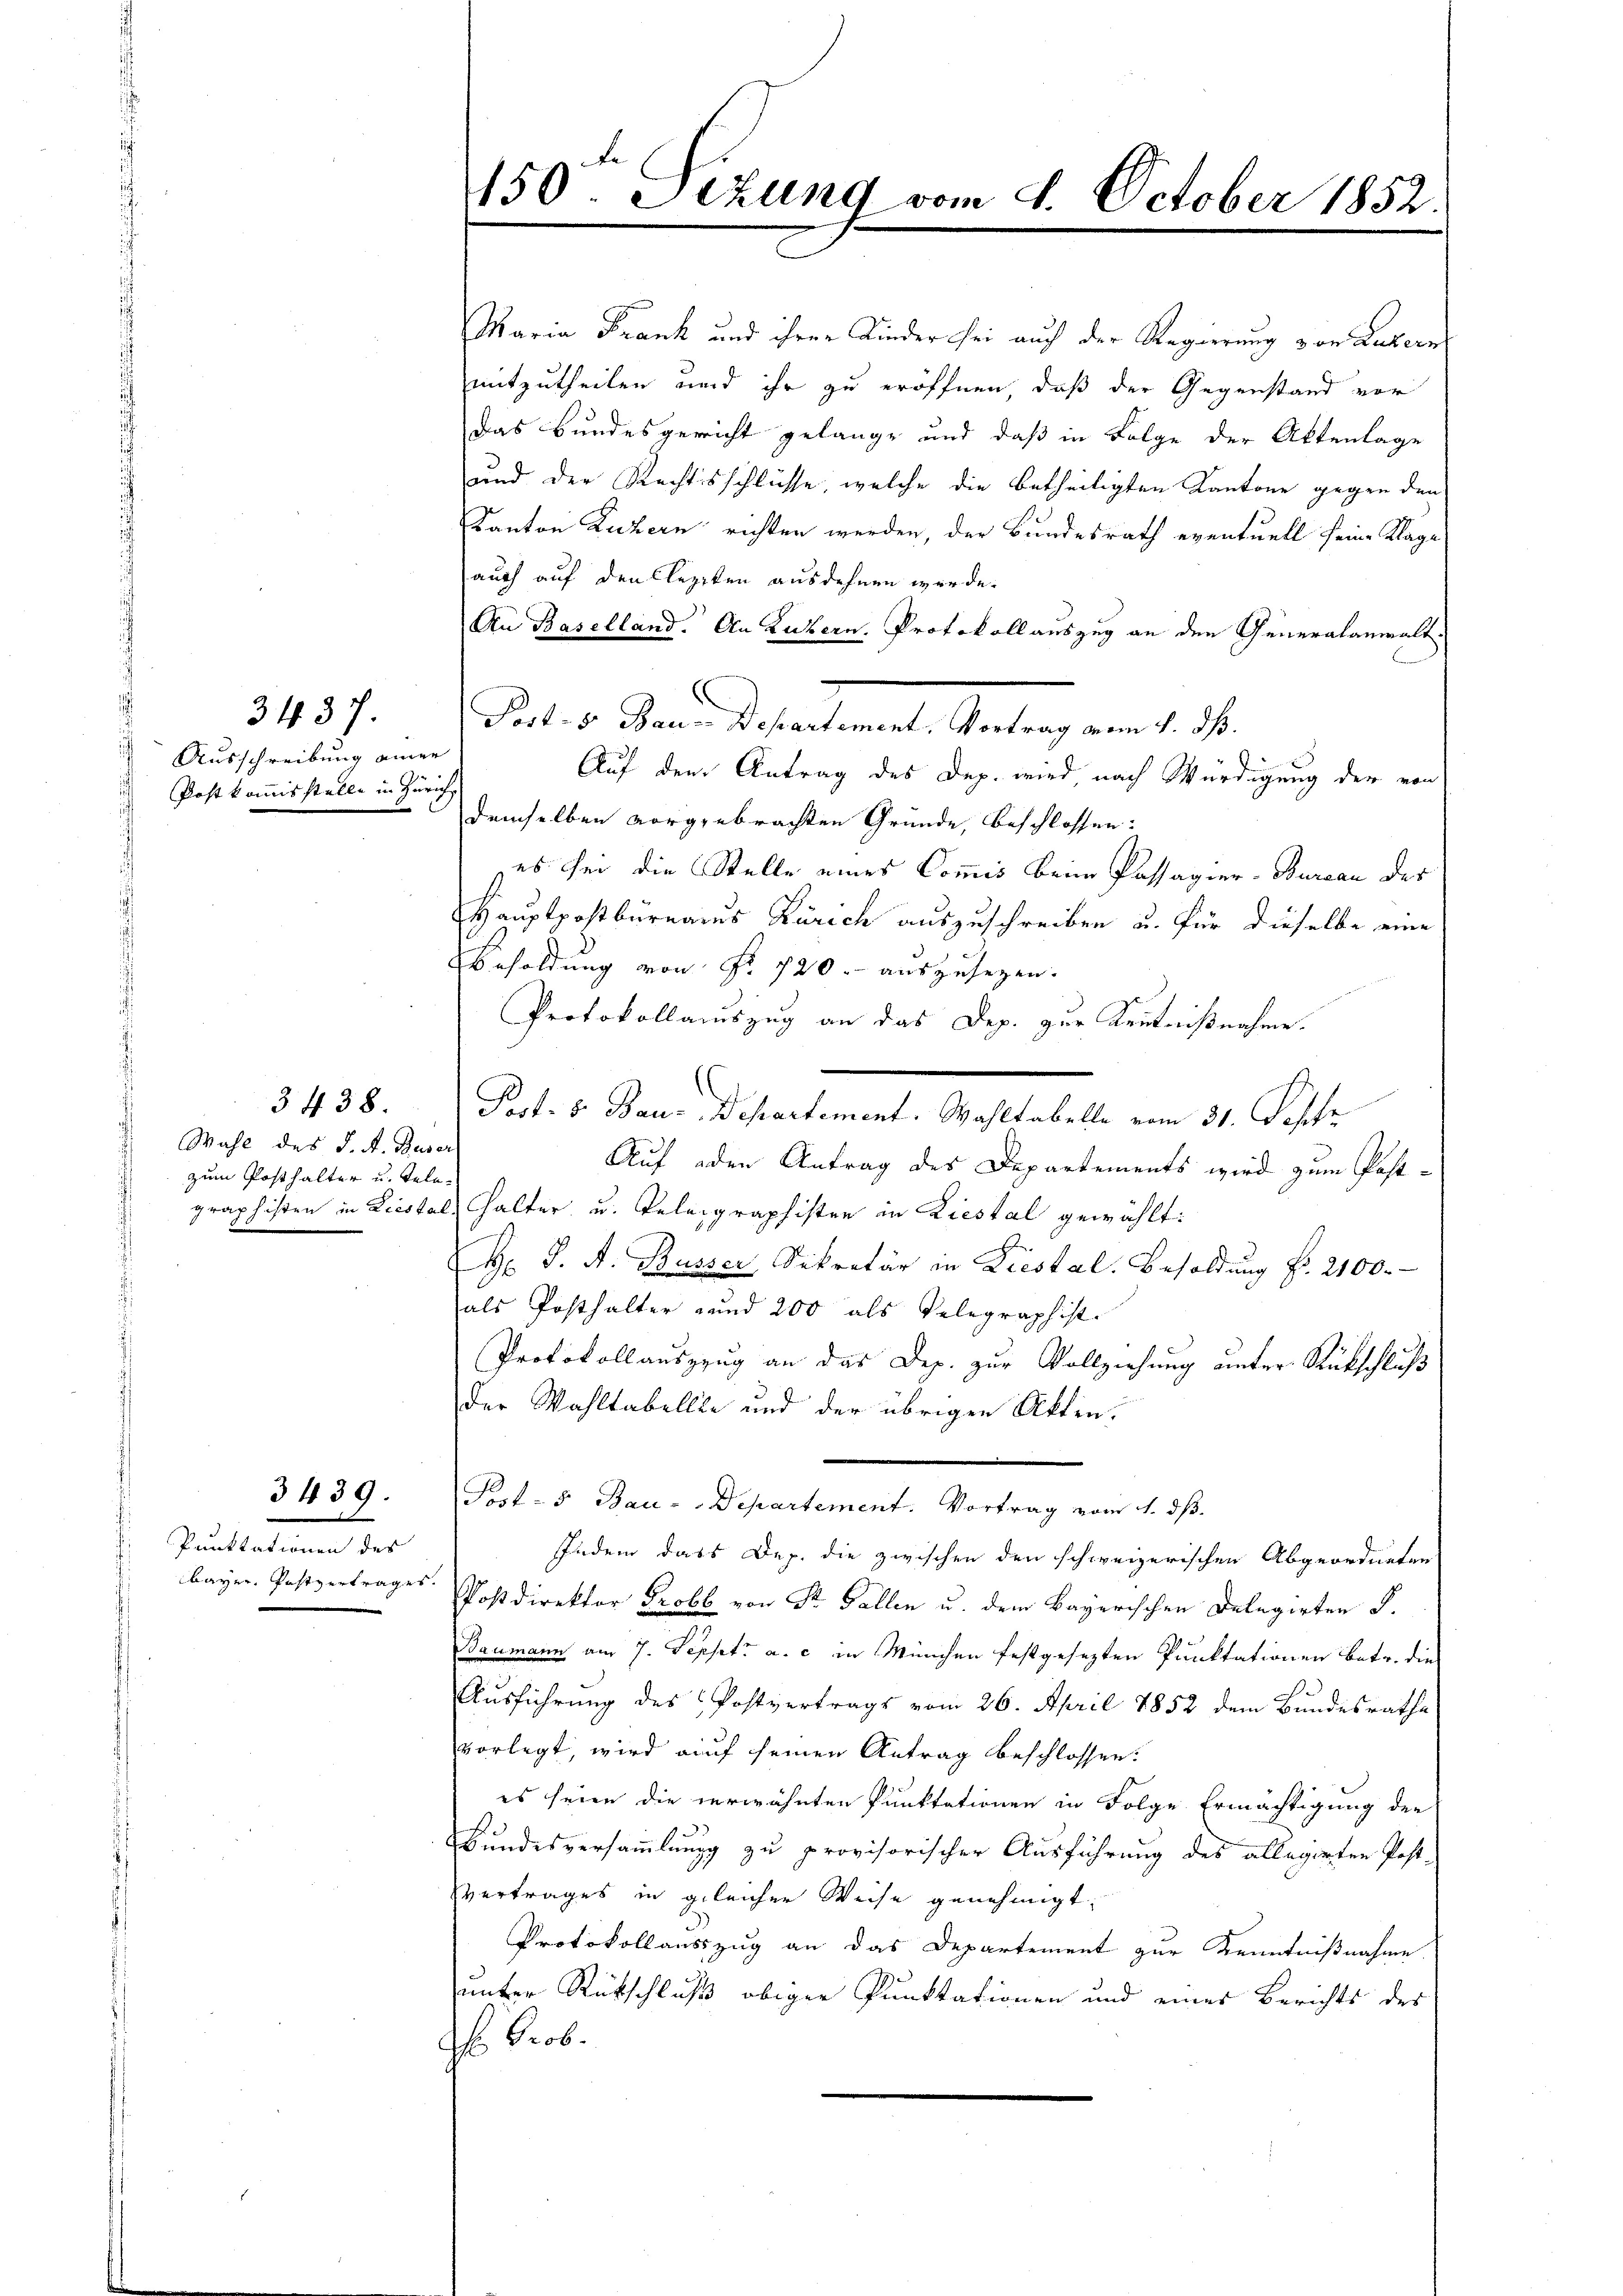
Ausschreibung einer
Post kommisstelle in Zürich

3437.

3438.
Wahl des J. A. Buser
zum Posthalter u. Tele.

3439.

Punktationen des
bayer. Postvertrages.

Maria Frank und ihrer Kinderthei auch der Regierung von Luzern
mitzutheilen und ihr zu eröffnen, daß der Gegenstand vor
das Bundesgericht gelange und daß in Folge der Aktenlage
und der Rechtsschlüsse, welche die betheiligten Kantone gegen den
Kanton Luzern richten werden, der Bundesrath eventuell seine Klage
auch auf den Cleziken ausdehnen werde.
Au Baselland. An Luzern. Protokoll auszug an den Generalanwalt.
Auf dem Antrag des Dep. wird, nach Würdigung der von
demselben vorgebrachten Gründe, beschlossen:
es sei die Stelle eines Commis beim Passagier-Bureau des
Hauptpostbüreaus Zürich auszuschreiben u. für dieselbe eine
Besoldung von Fr. 720.- auszusagen.
Protokollamszug an das Dep. zur Kentnißnahme.
Auf oder Antrag des Departements wird zum Post-
graphisten in Liestal, Halter u. Telegraphisten in Liestal gewählt:
H. J. A. Busser, Sekretär in Liestal. Besoldung f. 2100.
als Posthalter und 200 als Telegraphist.
Protokollauszzug an das Dep. zur Vollziehung unter Rückschluß
der Wahltabelle und der übrigen Akten.
Post- & Bau-Departement. Vortrag vom 1. dß.
fidem dass Dep. die zwischen den schweizerischen Abgeordneten
Postdirektor Probl von Sr. Fallen u. dem Bayerischen Delegirten S.
Baumann am 7. Sept. a. c. in München festgesezten Punktationen betr. die
.
Ausführung des Postvertrags vom 26. April 1852 dem Bundesrathe
vorlegt, wird auf seinen Antrag beschlossen:
es seien die verwähnten Punktationen in Folge Ermächtigung der
Bundesversammlung zu provisorischer Ausführung des allegirten Post-
Vertrages in gleicher Weise genehmigt.
Protokollauszug an das Departement zur Kenntnißnahme.
unter Rückschluß obiger Punktationen und eines Berichts des
H Prob.

150. Sizung vom 8. October 1852.

Post- & Bau-Departement, Vortrag vom 4. ds.

Port. 8. Bau-Departement. Wahltabelle vom 31. Septr.